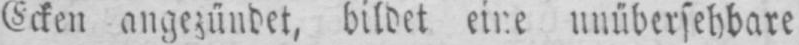
Ecken angezündet, bildet eine unübersehbare